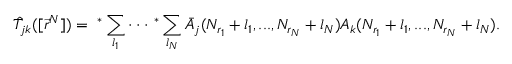
\hat { T } _ { j k } ( [ \vec { r } ^ { N } ] ) = \ ^ { * } \sum _ { l _ { 1 } } \cdot \cdot \cdot \ ^ { * } \sum _ { l _ { N } } \bar { A } _ { j } ( N _ { r _ { 1 } } + l _ { 1 } , . . . , N _ { r _ { N } } + l _ { N } ) A _ { k } ( N _ { r _ { 1 } } + l _ { 1 } , . . . , N _ { r _ { N } } + l _ { N } ) .